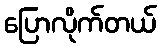
ပြောလိုက်တယ်